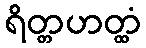
ရိတ္တဟတ္ထံ